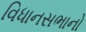
વિધાનસભાનો